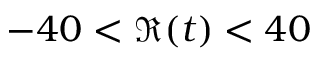
- 4 0 < \Re ( t ) < 4 0